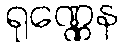
ရုဏ္ဏေန